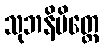
သုဘနိမိတ္တေ